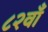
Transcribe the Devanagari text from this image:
८२वाँ